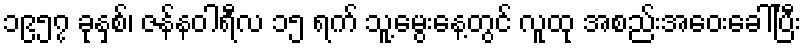
၁၉၅၇ ခုနှစ်၊ ဇန်နဝါရီလ ၁၅ ရက် သူ့မွေးနေ့တွင် လူထု အစည်းအေဝးခေါ်ပြီး